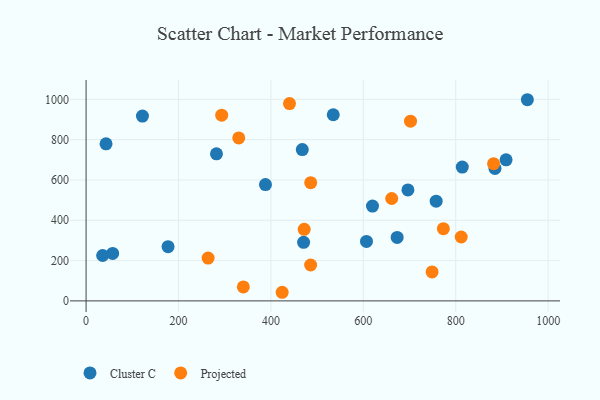
{"axis": {"x": "Engine Size", "y": "Exam Score"}, "legend": ["Cluster C", "Projected"], "data": [{"x": "606.8", "y": 295.3, "type": "Cluster C"}, {"x": "908.9", "y": 700.0, "type": "Cluster C"}, {"x": "884.9", "y": 657.6, "type": "Cluster C"}, {"x": "757.6", "y": 494.8, "type": "Cluster C"}, {"x": "122.0", "y": 917.4, "type": "Cluster C"}, {"x": "470.7", "y": 290.4, "type": "Cluster C"}, {"x": "673.2", "y": 315.0, "type": "Cluster C"}, {"x": "467.9", "y": 751.1, "type": "Cluster C"}, {"x": "388.2", "y": 577.1, "type": "Cluster C"}, {"x": "814.1", "y": 663.9, "type": "Cluster C"}, {"x": "57.5", "y": 235.5, "type": "Cluster C"}, {"x": "177.4", "y": 269.1, "type": "Cluster C"}, {"x": "35.8", "y": 225.3, "type": "Cluster C"}, {"x": "955.0", "y": 998.4, "type": "Cluster C"}, {"x": "696.5", "y": 550.6, "type": "Cluster C"}, {"x": "619.8", "y": 470.5, "type": "Cluster C"}, {"x": "282.2", "y": 730.1, "type": "Cluster C"}, {"x": "534.9", "y": 923.9, "type": "Cluster C"}, {"x": "43.2", "y": 779.7, "type": "Cluster C"}, {"x": "440.2", "y": 979.2, "type": "Projected"}, {"x": "330.4", "y": 808.8, "type": "Projected"}, {"x": "881.9", "y": 681.2, "type": "Projected"}, {"x": "485.9", "y": 178.1, "type": "Projected"}, {"x": "811.8", "y": 317.1, "type": "Projected"}, {"x": "702.1", "y": 891.8, "type": "Projected"}, {"x": "264.1", "y": 212.4, "type": "Projected"}, {"x": "748.8", "y": 143.8, "type": "Projected"}, {"x": "486.1", "y": 586.9, "type": "Projected"}, {"x": "773.2", "y": 358.2, "type": "Projected"}, {"x": "293.5", "y": 921.6, "type": "Projected"}, {"x": "424.3", "y": 42.7, "type": "Projected"}, {"x": "340.3", "y": 69.5, "type": "Projected"}, {"x": "472.0", "y": 355.3, "type": "Projected"}, {"x": "661.4", "y": 508.2, "type": "Projected"}]}